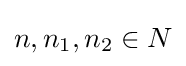
n,n_{1},n_{2}\in N